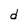
Character: d